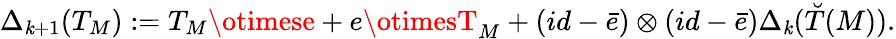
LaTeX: \Delta_{\mathit{k}+1}(T_{M}):=T_{M}\otimese+e\otimesT_{M}+(id-\bar{{e}})\otimes(id-\bar{{e}})\Delta_{\mathit{k}}(\breve{{T}}(M)).